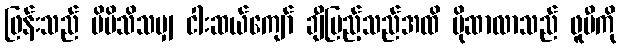
ဖြန်းသည် မိမိသိသမျှ ငါးဆယ်ကျော် ချီပြည့်သည်အထိ မိုဆာလာသည် ဖူမီကို